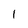
Character: 1